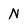
Character: N